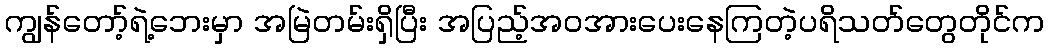
ကျွန်တော့်ရဲ့ဘေးမှာ အမြဲတမ်းရှိပြီး အပြည့်အဝအားပေးနေကြတဲ့ပရိသတ်တွေတိုင်က